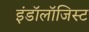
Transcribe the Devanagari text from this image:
इंडॉलॉजिस्ट